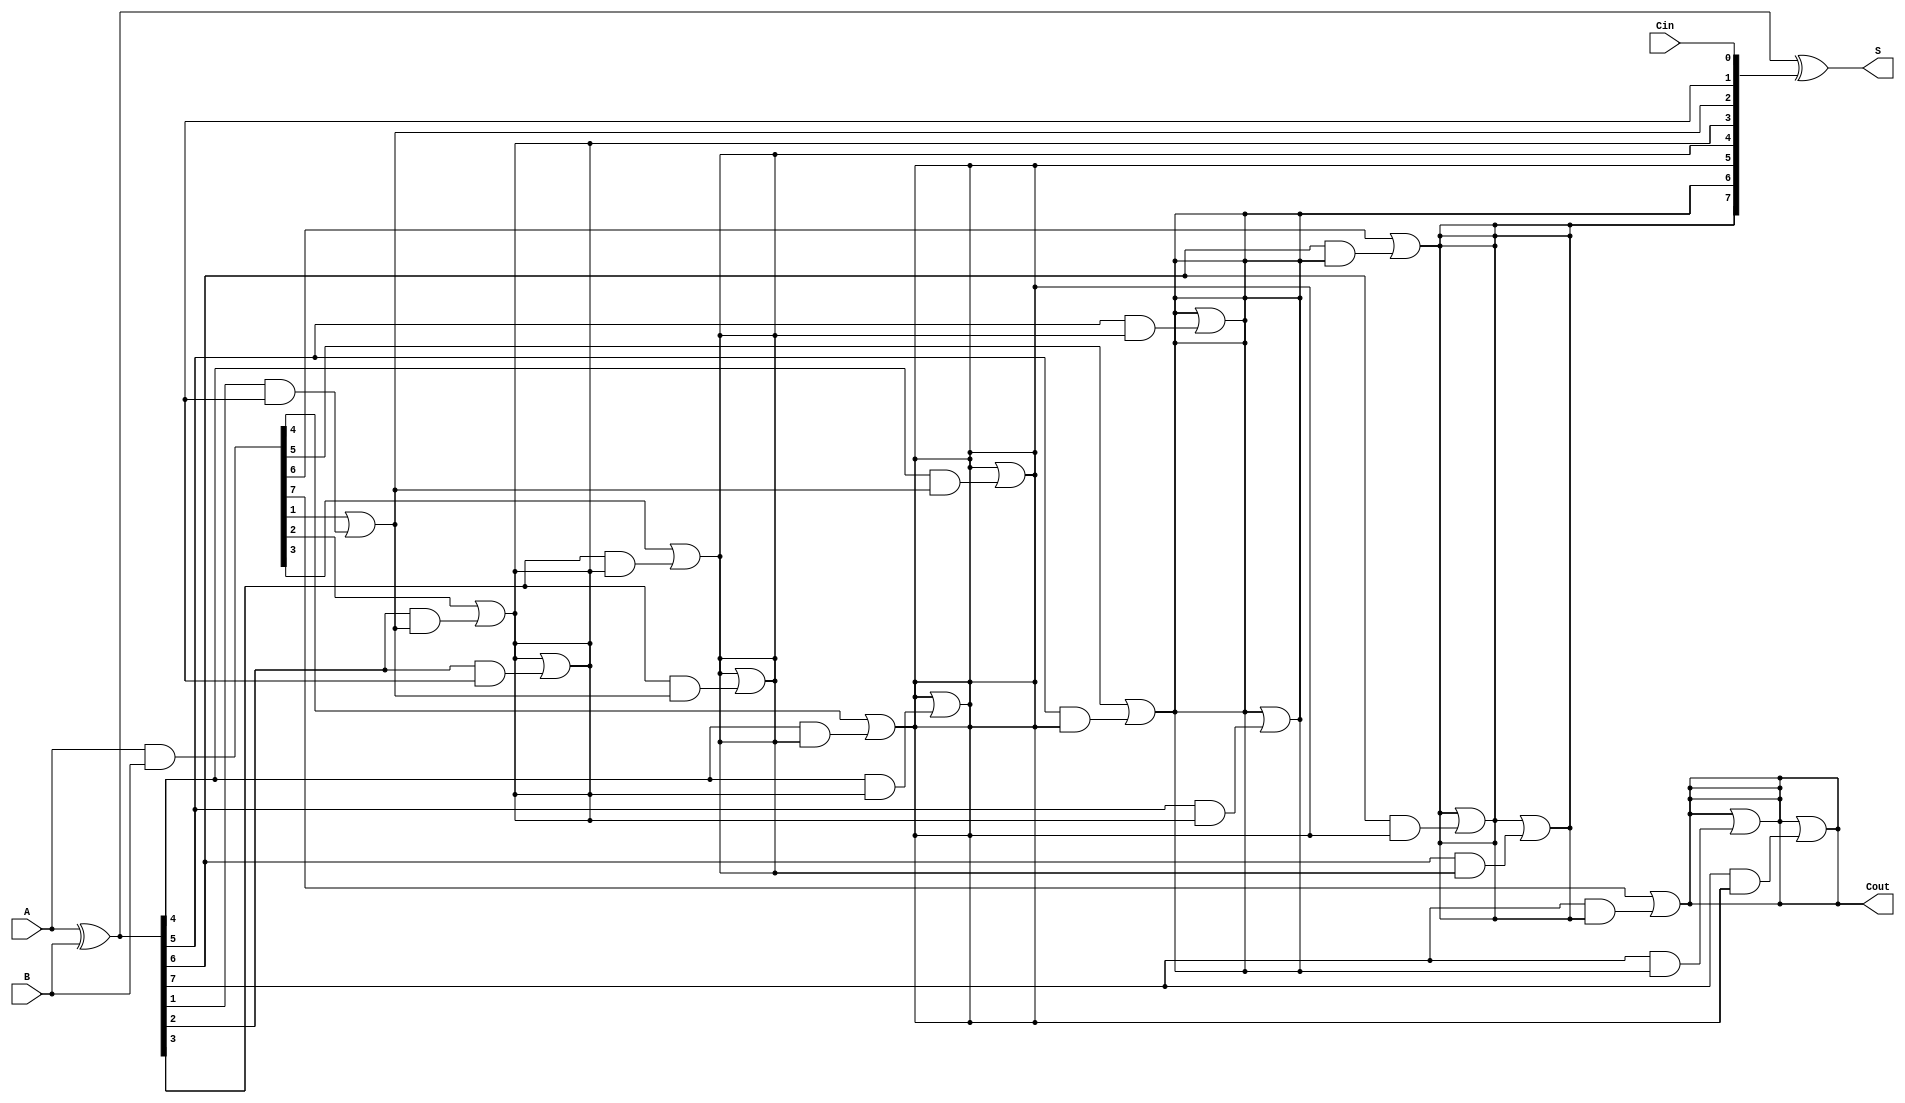
module KoggeStoneAdder #(
    parameter N = 8  // Width of the inputs
)(
    input  [N-1:0] A,    // First input
    input  [N-1:0] B,    // Second input
    input         Cin,    // Input carry
    output [N-1:0] S,     // Sum output
    output         Cout    // Output carry
);

    // Generate (G) and Propagate (P) signals
    wire [N-1:0] G;  // Generate signals
    wire [N-1:0] P;  // Propagate signals
    wire [N:0] C;    // Carry signals

    // Stage 0: Calculate G and P
    assign G = A & B;
    assign P = A ^ B;

    // Assign initial carry
    assign C[0] = Cin;

    // Kogge-Stone carry generation logic
    genvar i, j, k;
    generate
        // Compute carry generation stages
        for (k = 0; k < $clog2(N); k = k + 1) begin : stage_gen
            for (i = 0; i < N; i = i + 1) begin : carry_gen
                if (i >= (1 << k)) begin  // Only compute for valid indices
                    if (k == 0) begin
                        assign C[i + 1] = G[i] | (P[i] & C[i]);
                    end else begin
                        assign C[i + 1] = C[i + 1] | (P[i] & C[i - (1 << (k - 1))]);
                    end
                end
            end
        end
    endgenerate

    // Final carry out
    assign Cout = C[N];

    // Sum calculation
    assign S = P ^ C[N-1:0];

endmodule